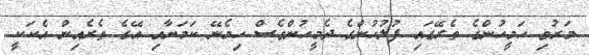
މަރުވި ހަމީހުންގެ ތެރޭގައި ފުލުހުންގެ ދެމީހުންވެސް ހިމެނޭ ކަމަށާއި އޭގެ ތެރެއިން އެކަކީ